Insane asylums Bombay 1873-77 - 1873-1877
Year: 1873
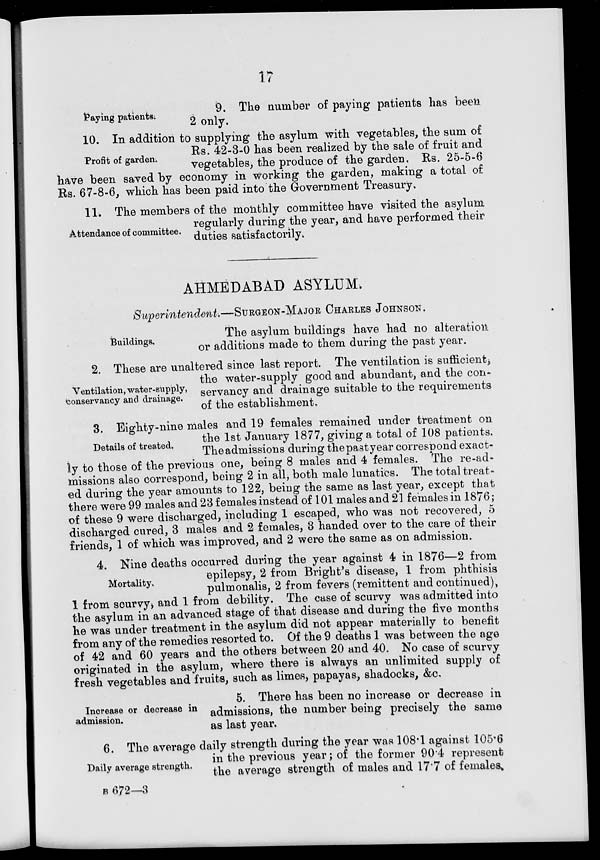
17
Paying patients;
9. The number of paying patients has been
2 only.
Profit of garden.
10. In addition to supplying the asylum with vegetables, the sum of
Rs. 42-3-0 has been realized by the sale of fruit and
vegetables, the produce of the garden. Rs. 25-5-6
have been saved by economy in working the garden, making a total of
Rs. 67-8-6, which has been paid into the Government Treasury.
Attendance of committee.
11. The members of the monthly committee have visited the asylum
regularly during the year, and have performed their
duties satisfactorily.
AHMEDABAD ASYLUM.
Superintendent.—SURGEON-MAJOR CHARLES JOHNSON.
Buildings.
The asylum buildings have had no alteration
or additions made to them during the past year.
Ventilation, water-supply,
conservancy and drainage.
2. These are unaltered since last report. The ventilation is sufficient,
the water-supply good and abundant, and the con-
servancy and drainage suitable to the requirements
of the establishment.
Details of treated.
3. Eighty-nine males and 19 females remained under treatment on
the 1st January 1877, giving a total of 108 patients.
Theadmissions during the past year correspond exact-
ly to those of the previous one, being 8 males and 4 females. The re-ad-
missions also correspond, being 2 in all, both male lunatics. The total treat-
ed during the year amounts to 122, being the same as last year, except that
there were 99 males and 23 females instead of 101 males and 21 females in 1876;
of these 9 were discharged, including 1 escaped, who was not recovered, 5
discharged cured, 3 males and 2 females, 3 handed over to the care of their
friends, 1 of which was improved, and 2 were the same as on admission.
Mortality.
4. Nine deaths occurred during the year against 4 in 1876—2 from
epilepsy, 2 from Bright's disease, 1 from phthisis
pulmonalis, 2 from fevers (remittent and continued),
1 from scurvy, and 1 from debility. The case of scurvy was admitted into
the asylum in an advanced stage of that disease and during the five months
he was under treatment in the asylum did not appear materially to benefit
from any of the remedies resorted to. Of the 9 deaths 1 was between the age
of 42 and 60 years and the others between 20 and 40. No case of scurvy
originated in the asylum, where there is always an unlimited supply of
fresh vegetables and fruits, such as limes, papayas, shadocks, &c.
Increase or decrease in
admission.
5. There has been no increase or decrease in
admissions, the number being precisely the same
as last year.
Daily average strength.
6. The average daily strength during the year was 108.1 against 105.6
in the previous year; of the former 90.4 represent
the average strength of males and 17.7 of females.
B 672—3